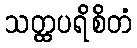
သတ္ထပရိစိတံ